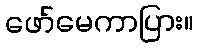
ဖော်မေကာပြား။